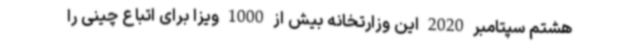
هشتم سپتامبر 2020 این وزارتخانه بیش از 1000 ویزا برای اتباع چینی را